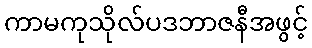
ကာမကုသိုလ်ပဒဘာဇနီအဖွင့်